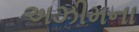
અઝીમના